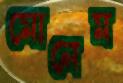
মোনেম